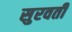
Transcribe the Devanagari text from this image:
सुरवती